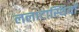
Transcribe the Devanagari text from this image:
ललाटास्थियों